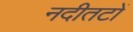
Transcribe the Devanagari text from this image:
नदीतटों